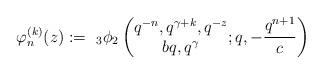
LaTeX: \begin{align*} \varphi_n^{(k)}(z):=\ _3\phi_2\left(\begin{matrix}q^{-n},q^{\gamma+k},q^{-z}\\ bq,q^\gamma\end{matrix};q,-{q^{n+1}\over c}\right)\end{align*}